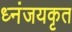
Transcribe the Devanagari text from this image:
ध्नंजयकृत